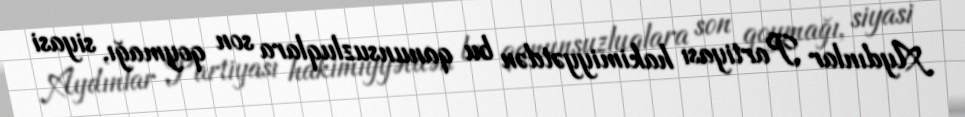
Aydınlar Partiyası hakimiyyətdən bu qanunsuzluqlara son qoymağı, siyasi